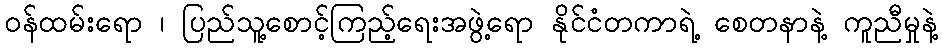
ဝန်ထမ်းရော ၊ ပြည်သူ့စောင့်ကြည့်ရေးအဖွဲ့ရော နိုင်ငံတကာရဲ့ စေတနာနဲ့ ကူညီမှုနဲ့